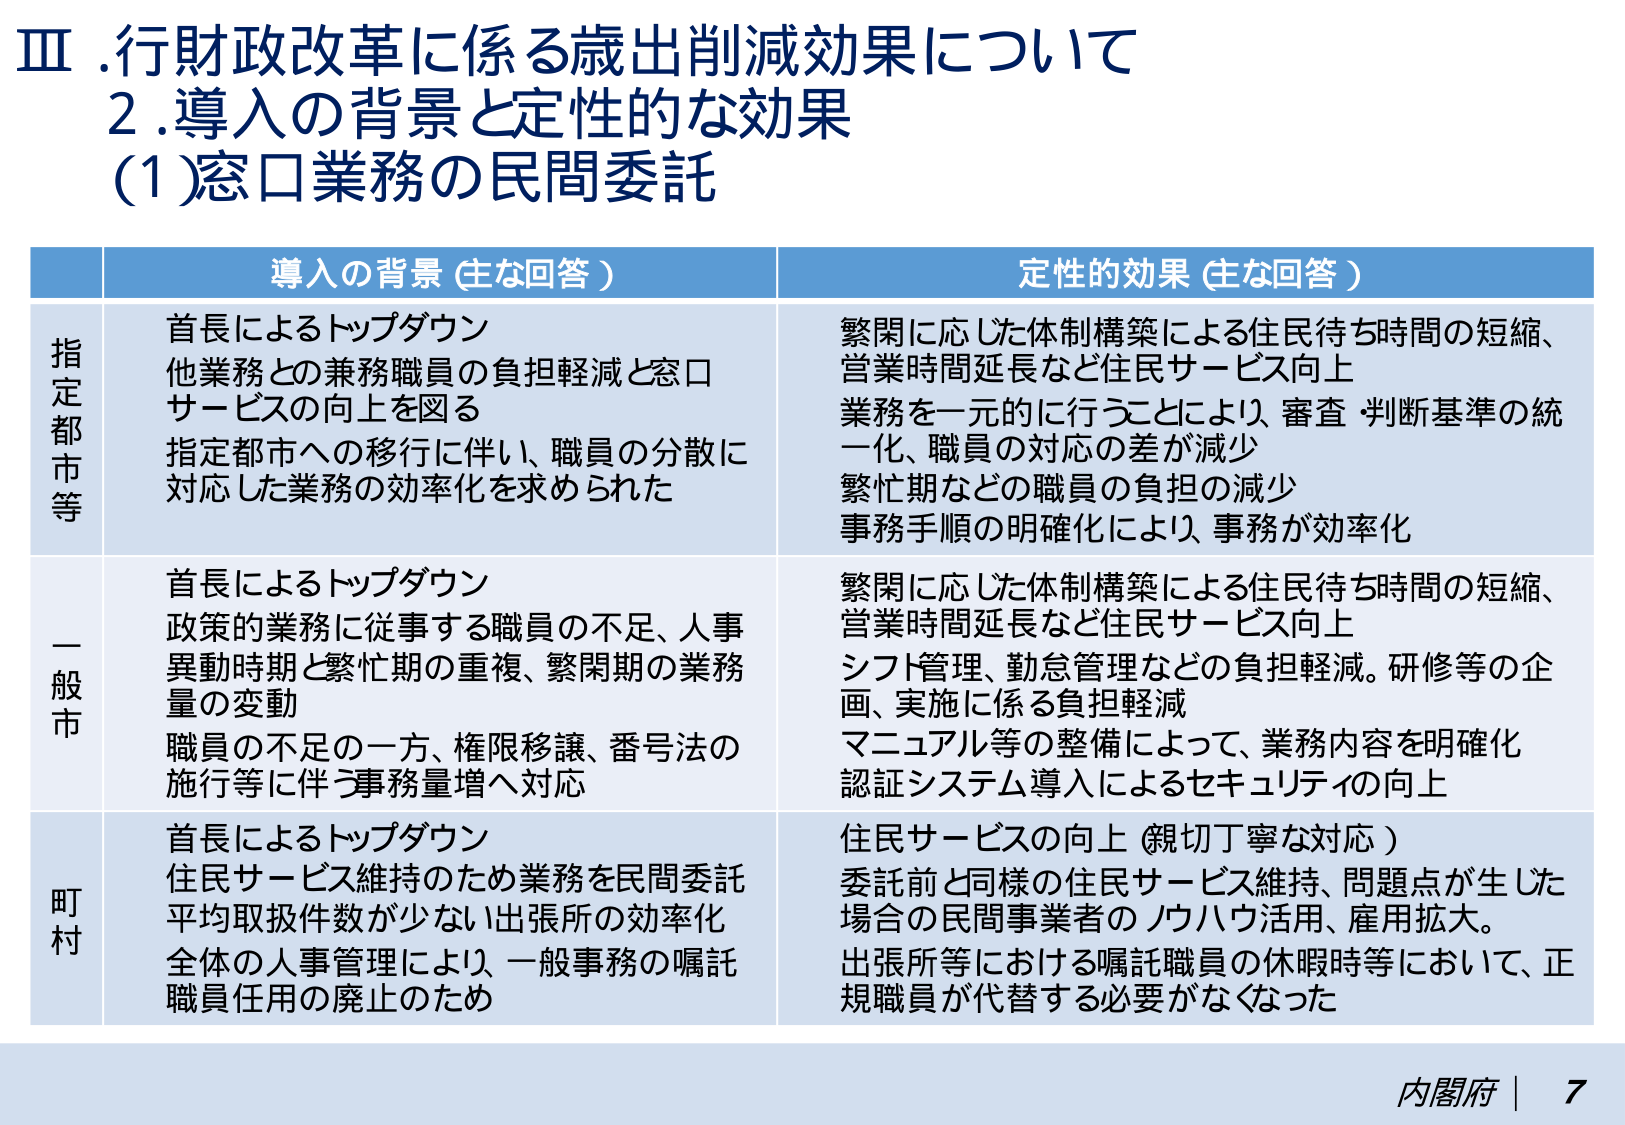
Ⅲ. 行財政改革に係る歳出削減効果について
2. 導入の背景と定性的な効果
(1) 窓口業務の民間委託

導入の背景（主な回答）　　　　　　　　　　　　　定性的効果（主な回答）

指定都市等
首長によるトップダウン
他業務との兼務職員の負担軽減と窓口サービスの向上を図る
指定都市への移行に伴い、職員の分散に対応した業務の効率化を求められた

繁閑に応じた体制構築による住民待ち時間の短縮、
営業時間延長など住民サービス向上
業務を一元的に行うことにより、審査・判断基準の統一化、職員の対応の差が減少
繁忙期などの職員の負担の減少
事務手順の明確化により、事務が効率化

一般市
首長によるトップダウン
政策的業務に従事する職員の不足、人事異動時期と繁忙期の重複、繁閑期の業務量の変動
職員の不足の一方、権限移譲、番号法の施行等に伴う事務量増へ対応

繁閑に応じた体制構築による住民待ち時間の短縮、
営業時間延長など住民サービス向上
シフト管理、勤怠管理などの負担軽減。研修等の企画、実施に係る負担軽減
マニュアル等の整備によって、業務内容を明確化
認証システム導入によるセキュリティの向上

町村
首長によるトップダウン
住民サービス維持のため業務を民間委託
平均取扱件数が少ない出張所の効率化
全体の人事管理により、一般事務の嘱託職員任用の廃止のため

住民サービスの向上（親切丁寧な対応）
委託前と同様の住民サービス維持、問題点が生じた場合の民間事業者のノウハウ活用、雇用拡大。
出張所等における嘱託職員の休暇時等において、正規職員が代替する必要がなくなった

内閣府 | 7